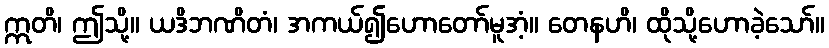
ဣတိ၊ ဤသို့။ ယဒိဘဏိတံ၊ အကယ်၍ဟောတော်မူအံ့။ တေနဟိ၊ ထိုသို့ဟောခဲ့သော်။